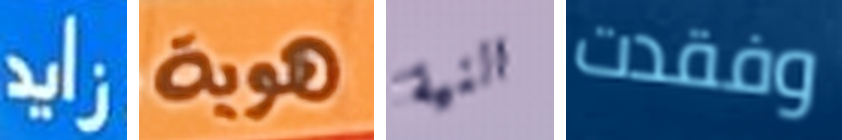
زايد هويه النية وفقدت